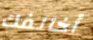
أخالفك